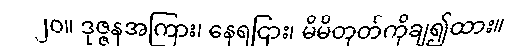
၂၀။ ဒုဇ္ဇနအကြား၊ နေရငြား၊ မိမိတုတ်ကိုချ၍ထား။